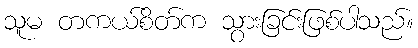
သူမ တကယ်စိတ်က သွားခြင်းဖြစ်ပါသည်။